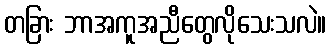
တခြား ဘာအကူအညီတွေလိုသေးသလဲ။